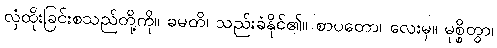
လှံထိုးခြင်းစသည်တို့ကို။ ခမတိ၊ သည်းခံနိုင်၏။ စာပတော၊ လေးမှ။ မုစ္စိတွာ၊